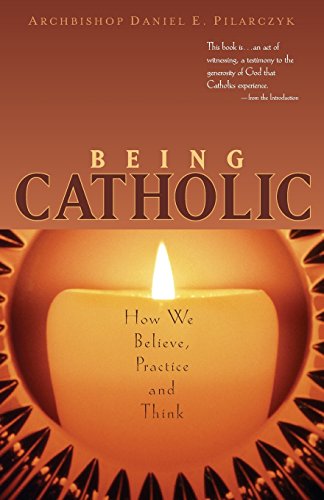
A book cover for Being Catholic: How We Believe, Practice and Think; Archbishop Daniel E Pilarczyk; Christian Books & Bibles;